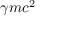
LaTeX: \gamma m c ^ { 2 }